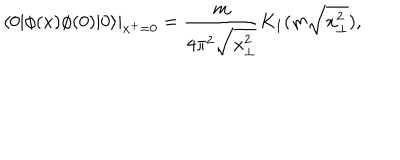
LaTeX: \left. \langle 0 | \phi ( x ) \phi ( 0 ) | 0 \rangle \right| _ { x ^ { + } = 0 } = \frac { m } { 4 \pi ^ { 2 } \sqrt { x _ { \bot } ^ { 2 } } } K _ { 1 } ( m \sqrt { x _ { \bot } ^ { 2 } } ) ,